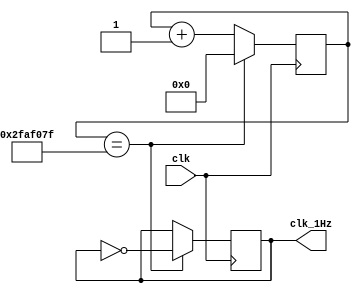
// This program was cloned from: https://github.com/FPGADude/Digital-Design
// License: GNU General Public License v3.0

`timescale 1ns / 1ps

module oneHz_gen(
    input clk,          // 100MHz from Nexys
    output clk_1Hz
    );
    
    reg [25:0] r_counter = 0;
    reg r_clk_1Hz = 0;
    
    always @(posedge clk) begin
        if(r_counter == 49_999_999) begin
            r_counter <= 0;
            r_clk_1Hz <= ~r_clk_1Hz;
        end
        else
            r_counter <= r_counter + 1;
    end
    
    assign clk_1Hz = r_clk_1Hz;
    
endmodule